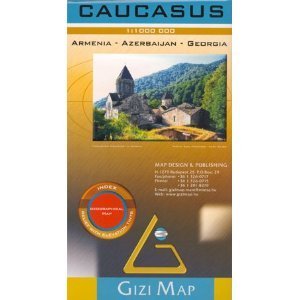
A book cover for Caucasus, Armenia-Azerbaijan-Georgia: 1:1 000 000; GiziMap (Firm); Travel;